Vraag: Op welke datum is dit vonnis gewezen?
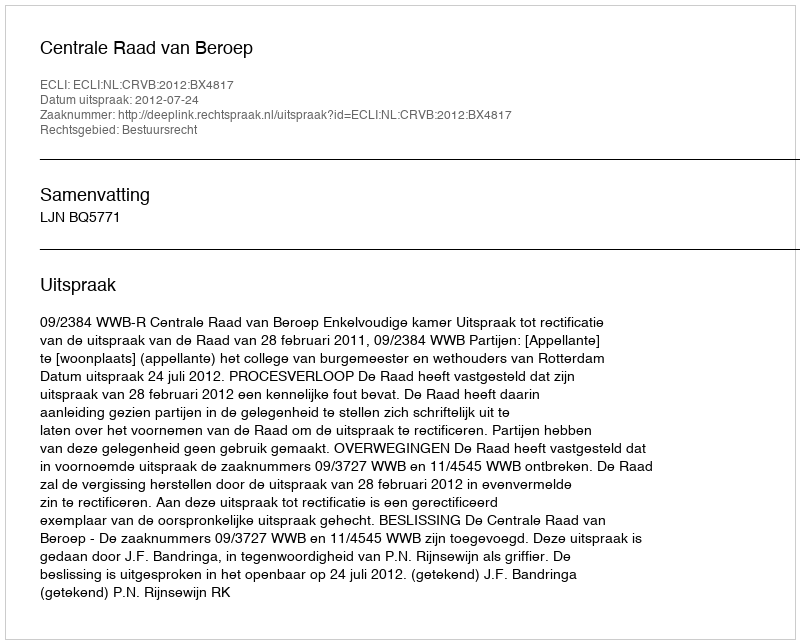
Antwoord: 2012-07-24